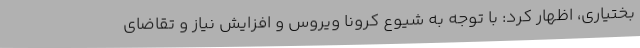
بختیاری، اظهار کرد: با توجه به شیوع کرونا ویروس و افزایش نیاز و تقاضای